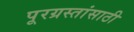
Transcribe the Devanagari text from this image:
पूरग्रस्तांसाठी